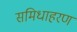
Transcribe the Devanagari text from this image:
समिधाहरण